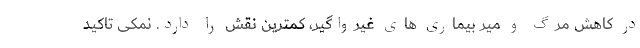
در کاهش مرگ و میر بیماری های غیرواگیر، کمترین نقش را دارد. نمکی تاکید